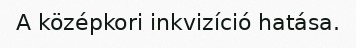
A középkori inkvizíció hatása.